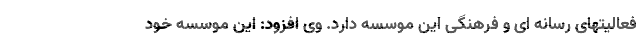
فعالیتهای رسانه ای و فرهنگی این موسسه دارد. وی افزود: این موسسه خود